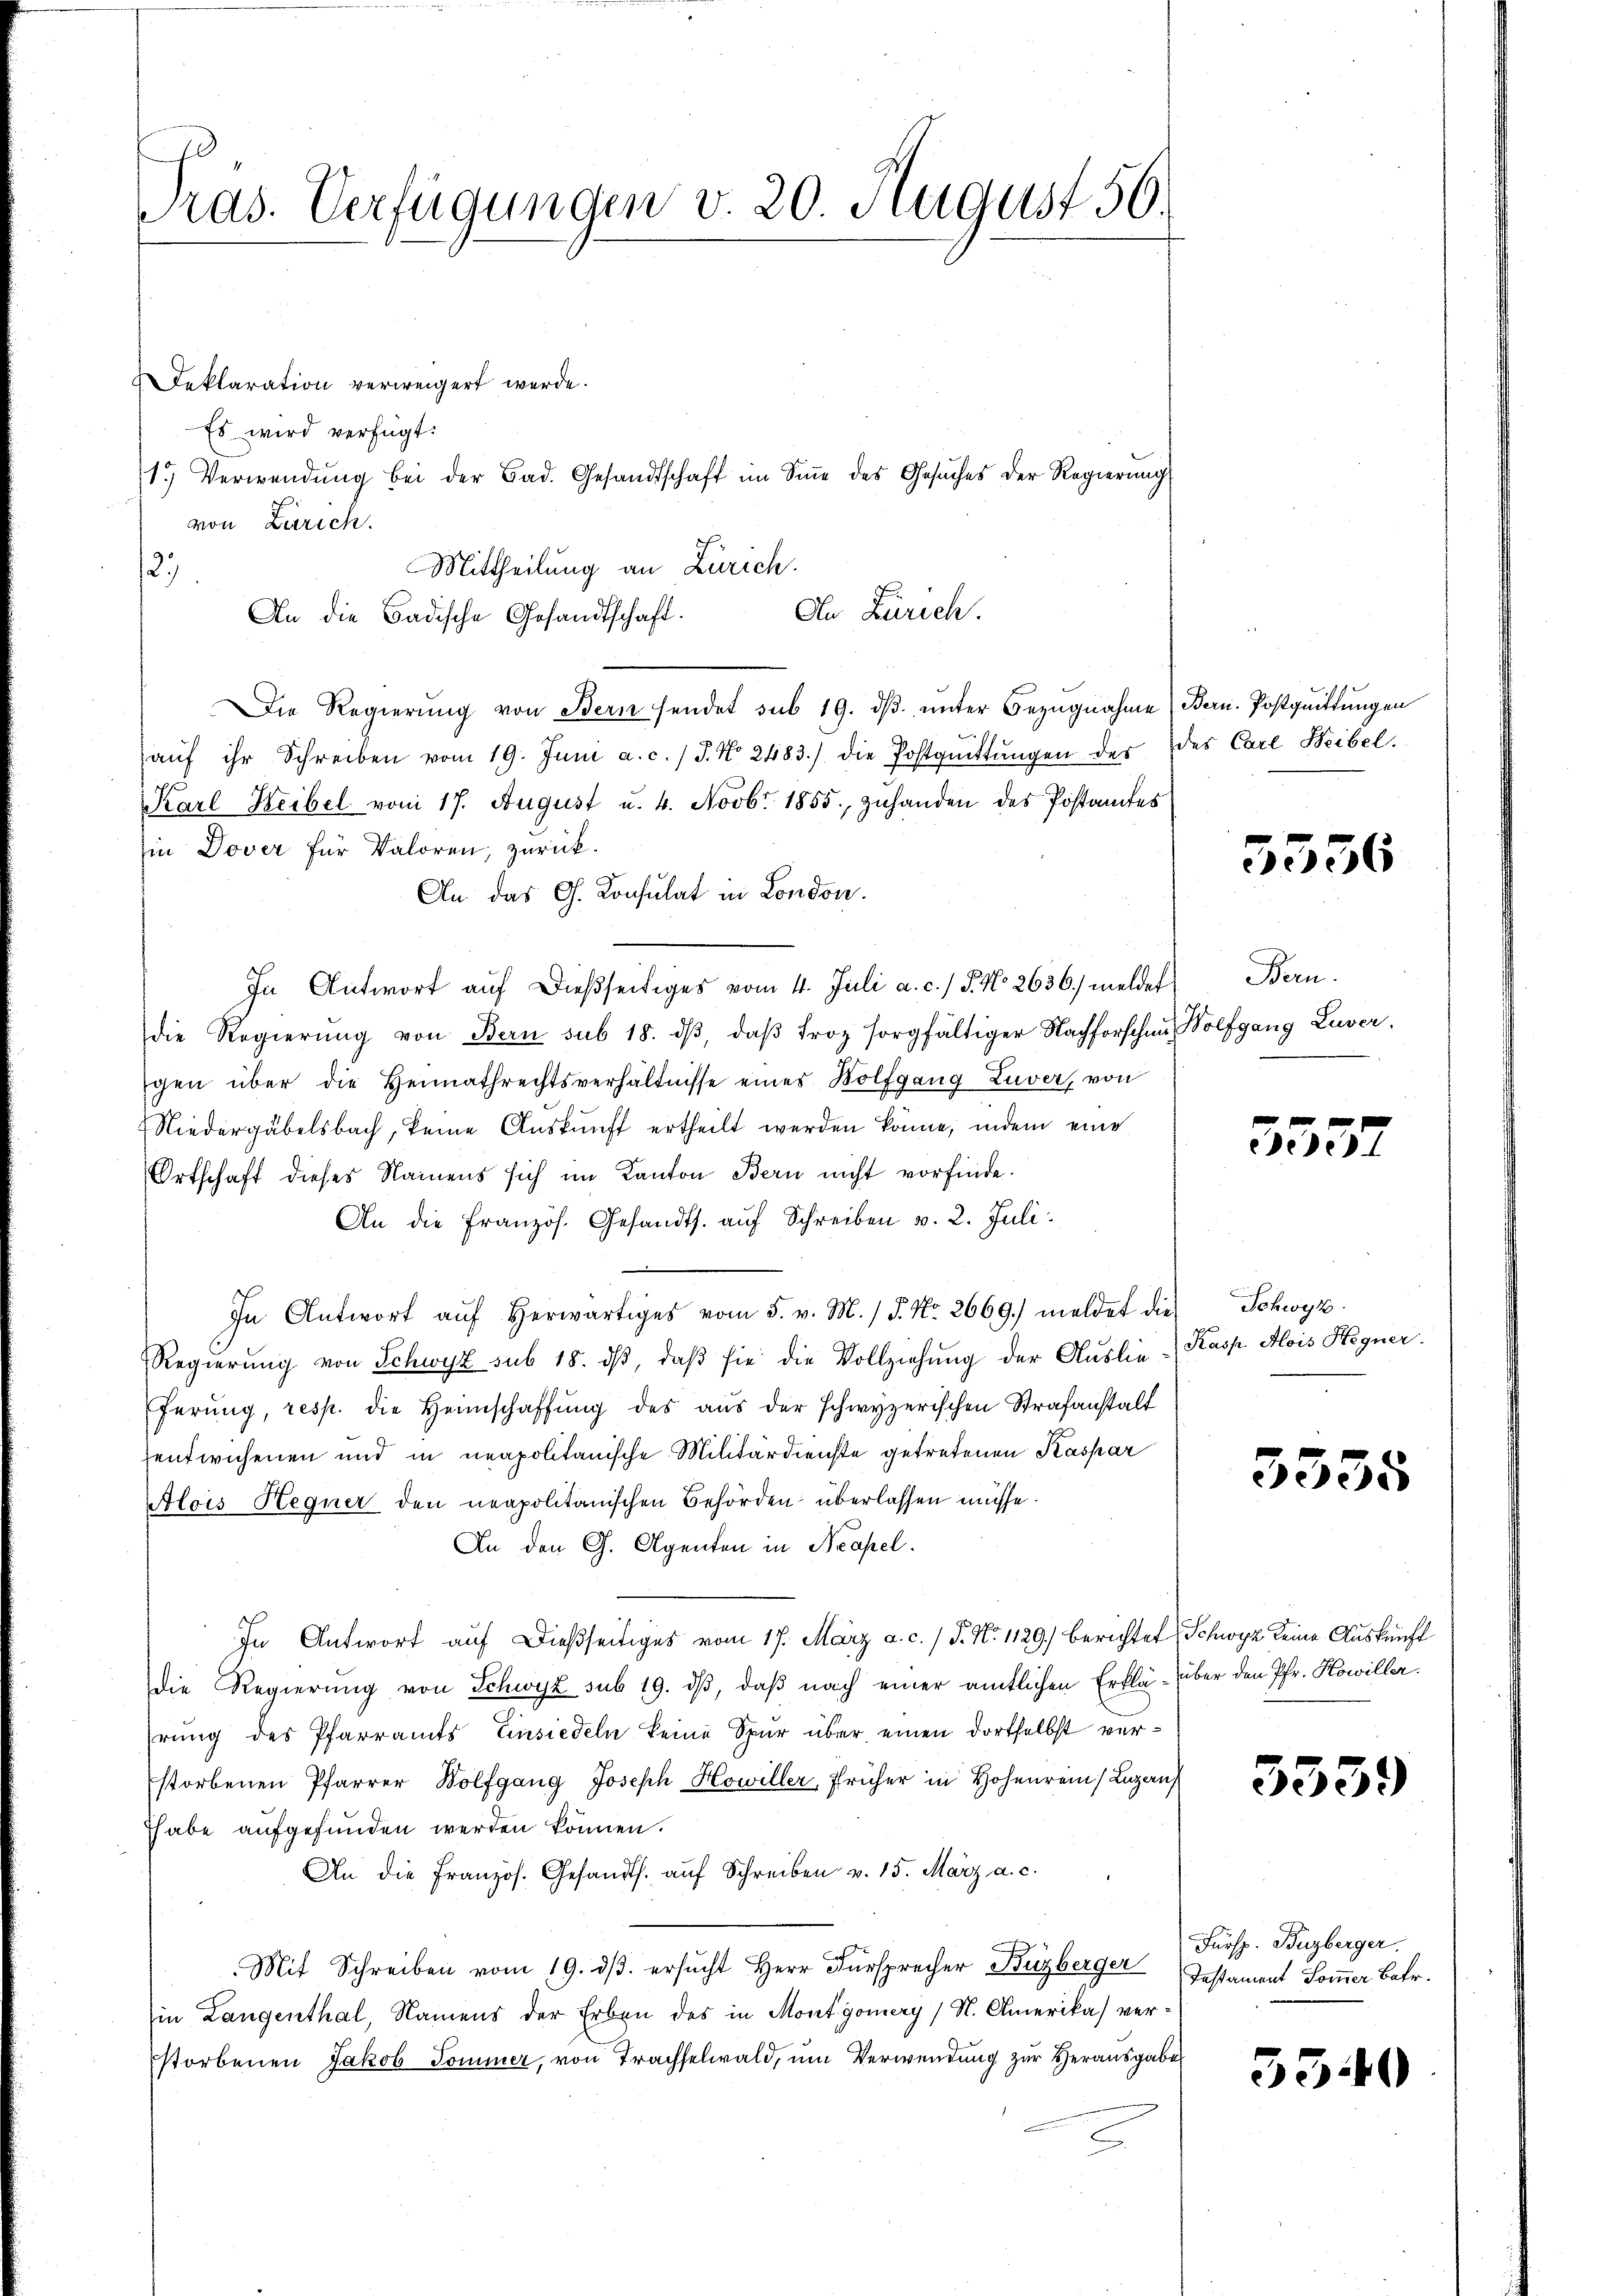
Tras. Verfügungen v. 20. August 56.

Deklaration verweigert werde.
Es wird verfügt:
von Zürich.
Mittheilung an Zürich.
12)
An die Badische Gesandtschaft.
Die Regierŭng von Bern sendet sub 19. dβ ŭnter Bezugnahme
aŭf ihr Schreiben vom 19. Juni a. c. / J. No. 2483.) die Postqŭittŭngen der des Carl Weibel.
Karl Heibel vom 17. August u. 4. Novbr. 1855. zuhanden des Postamtes
in Dover für Valoren, zurück.
An das G. Konsulat in London.
In Antwort auf dießseitiges vom 4. Juli a. c.) J. No 2636. meldet
die Regierŭng von Bern sub 18. dβ, daβ Froz sorgfältiger Nachforschen Wolfgang Luver
gen über die Heimathrechtsverhältnisse eines Wolfgang Zuver, von
Niedergabelsbach, keine Aŭskŭnft ertheilt werden könne, indem eine
Ortschaft dieses Namens sich im Kanton Bern nicht vorfinde.
An die Französ. Gesandts. auf Schreiben v. 2. Juli.
.
In Antwort aŭf herwärtiges vom 5. v. M. / 5. No. 2669. meldet die Schwyz
Regierung von Schwyz sub 18. dβ, daß sie die Vollziehung der Auslie¬
Eferŭng, resp. die Heimschaffŭng des aŭs der schwyzerischen Strafanstalt
entwichenen und in neapolitanische Militärdienste getretenen Kaspar
Alois Hegner den neapolitanischen Behörden überlassen müsse.
An den G. Agenten in Neapel.
In Antwort auf dießseitiges vom 17. März a. c. / P. Nr. 1129.) Berichtet, Schwyz keine Auskunft
die Regierung von Schwyz sub 19. dβ, daß nach einer amtlichen Erklä- über den Pfr. Howiller
rung des Pfarramts Einsiedeln keine Spur über einen dortselbst verstorbenen Pfarrer Wolfgang Joseph Howiller, früher in Hohenrein Lugan
habe aufgefunden werden können.
An die Französ. Gesandts. aŭf Schreiben v. 15. März a. c.
Mit Schreiben vom 19. dβ. ersŭcht Herr Fürsprecher Buzberger
in Langenthal, Namens der Erben des in Montgomery (N. Amerika verstorbenen Jakob Sommer, von Trachselwald, um Verwendung zur Herausgabe

1. Verwendŭng bei der Bad. Gesandtschaft im Siṅe des Gesŭches der Regierŭng

De Zürich.

Bern. Postquittungen

5556

Bern.

553.

Kasp. Alois Hegner.

3335

5539

Fürsp. Buzberger.
Iestament Sommer Betr.

3340